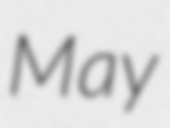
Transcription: May